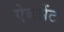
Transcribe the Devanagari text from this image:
ऐबसेंट